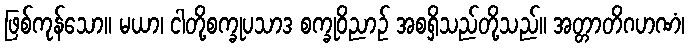
ဖြစ်ကုန်သော။ မယာ၊ ငါတို့စက္ခုပသာဒ စက္ခုဝိညာဉ် အစရှိသည်တို့သည်။ အတ္တာတိဂဟဏံ၊